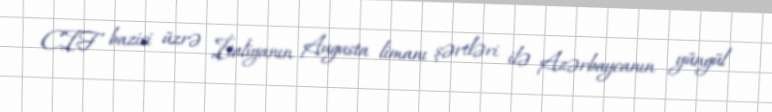
CIF bazisi üzrə İtaliyanın Augusta limanı şərtləri ilə Azərbaycanın yüngül